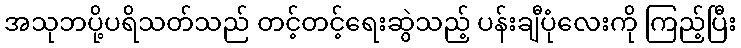
အသုဘပို့ပရိသတ်သည် တင့်တင့်ရေးဆွဲသည့် ပန်းချီပုံလေးကို ကြည့်ပြီး